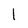
Character: 1